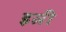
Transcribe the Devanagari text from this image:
इत्नी